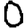
Digit: 0